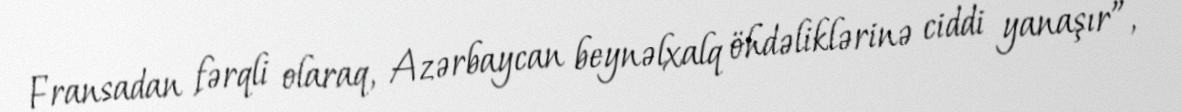
Fransadan fərqli olaraq, Azərbaycan beynəlxalq öhdəliklərinə ciddi yanaşır”, -